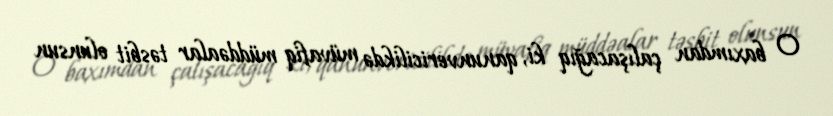
O baxımdan çalışacağıq ki, qanunvericilikdə müvafiq müddəalar təsbit olunsun